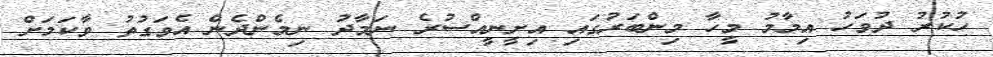
ހުކުރު ދުވަހު އިމާމު މީހާ މިންބަރުގައި އިށީނީއްސުރެ ނަމާދު ނިމެންދެން އެވަގުތު ވާކަމަށް